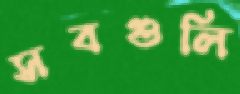
সবগুলি